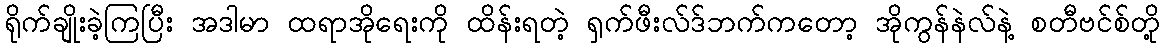
ရိုက်ချိုးခဲ့ကြပြီး အဒါမာ ထရာအိုရေးကို ထိန်းရတဲ့ ရှက်ဖီးလ်ဒ်ဘက်ကတော့ အိုကွန်နဲလ်နဲ့ စတီဗင်စ်တို့